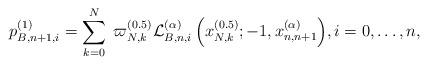
LaTeX: \begin{align*}p_{B,n + 1,i}^{(1)} = \sum\limits_{k = 0}^N {\;\varpi _{N,k}^{(0.5)}{\mkern 1mu} {\mathcal{L}}_{B,n,i}^{(\alpha )}\left( {x_{N,k}^{(0.5)}; - 1,x_{n,n + 1}^{(\alpha )}} \right)} ,i = 0, \ldots ,n,\end{align*}